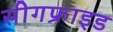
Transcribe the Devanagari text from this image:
सीगफ्राइड